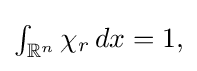
{\textstyle \int _{\mathbb {R} ^{n}}\chi _{r}\,dx=1,}